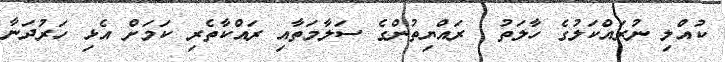
ކުއްލި ނުރައްކަލުގެ ހާލަތު  ރައްޔިތުންގެ ސަލާމަތާއި ރައްކާތެރި ކަމަށް އެޅި ހަރުދަނާ